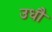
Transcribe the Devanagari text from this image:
उधौ